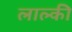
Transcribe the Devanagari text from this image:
लाल्की